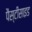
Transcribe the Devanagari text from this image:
पैस्टीसाइड